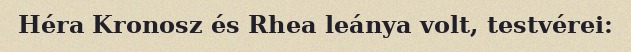
Héra Kronosz és Rhea leánya volt, testvérei: